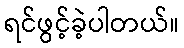
ရင်ဖွင့်ခဲ့ပါတယ်။